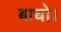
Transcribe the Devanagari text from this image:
बाधो।